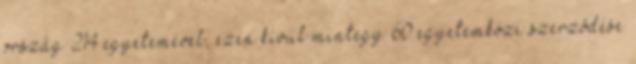
ország 214 egyetemével, ezen kívül mintegy 60 egyetemközi szerzõdése